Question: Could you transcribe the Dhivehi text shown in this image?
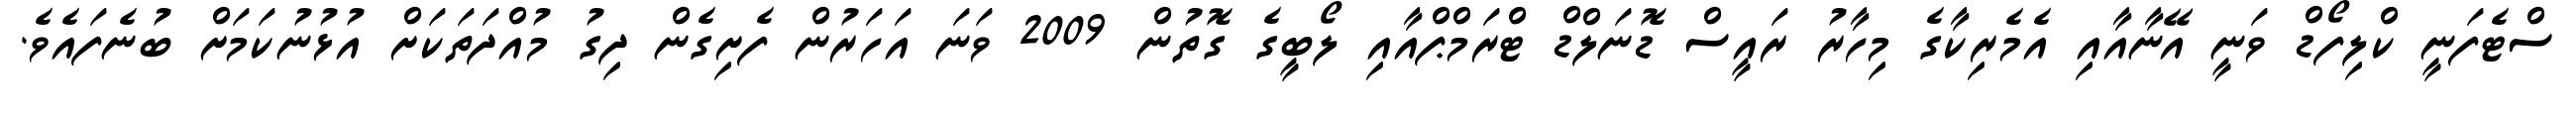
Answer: ސްޓެފަނީ ކްލިފޯޑް ވަނީ އޭނާއާއި އެމެރިކާގެ މިހާރު ރައީސް ޑޮނަލްޑް ޓްރަމްޕްއާއި ލޯބީގެ ގޮތުން 2009 ވަނަ އަހަރުން ފެށިގެން ދިގު މުއްދަތަކަށް އުޅުނުކަމަށް ބުނެފައެވެ.